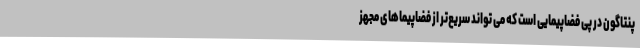
پنتاگون در پی فضاپیمایی است که می تواند سریع‌تر از فضاپیماهای مجهز